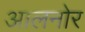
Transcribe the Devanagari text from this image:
आलनोर